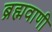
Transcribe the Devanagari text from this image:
ब्रह्मवाणी